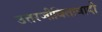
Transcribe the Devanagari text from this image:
उत्तरजीवितावादी